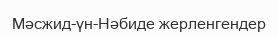
Мәсжид-үн-Нәбиде жерленгендер